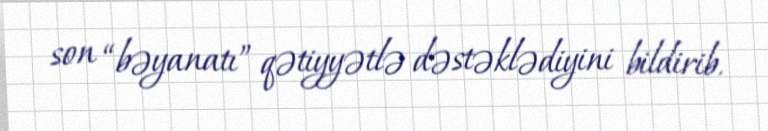
son “bəyanatı” qətiyyətlə dəstəklədiyini bildirib.